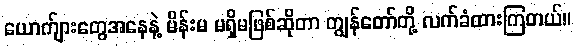
ယောက်ျားတွေအနေနဲ့ မိန်းမ မရှိမဖြစ်ဆိုတာ ကျွန်တော်တို့ လက်ခံထားကြတယ်။